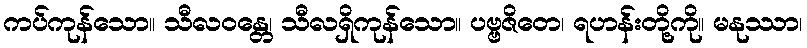
ကပ်ကုန်သော။ သီလဝန္တေ၊ သီလရှိကုန်သော။ ပဗ္ဗဇိတေ၊ ရဟန်းတို့ကို။ မနုဿာ၊